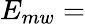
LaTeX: E_{mw}=